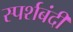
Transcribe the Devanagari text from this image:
स्पर्शबंदी